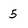
Character: 5